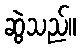
ဆွဲသည်။